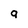
Character: 9